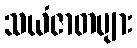
သယံဇာတများ